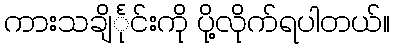
ကားသချိင်္ုင်းကို ပို့လိုက်ရပါတယ်။